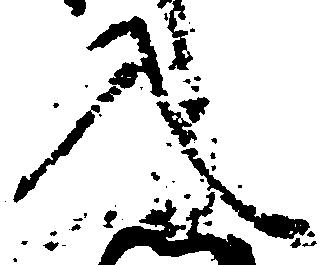
入